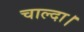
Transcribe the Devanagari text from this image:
चाल्दा।